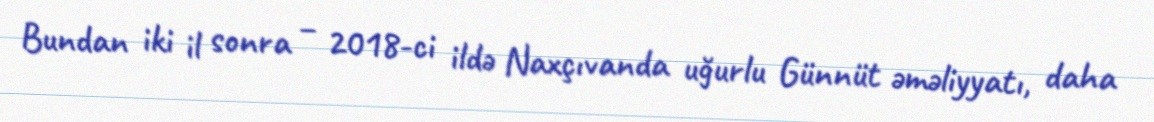
Bundan iki il sonra – 2018-ci ildə Naxçıvanda uğurlu Günnüt əməliyyatı, daha